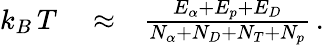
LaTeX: \begin{array}{rlr}{k_{B}\, T}&{{}\approx}&{\frac{E_{\alpha}+E_{p}+E_{D}}{N_{\alpha}+N_{D}+N_{T}+N_{p}}\, .}\end{array}